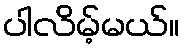
ပါလိမ့်မယ်။